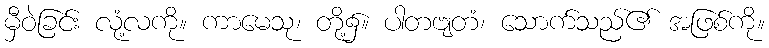
မှီဝဲခြင်း လုံ့လကို။ ကာမေသု၊ တို့၌။ ပါတဗျတံ၊ သောက်သည်၏ အဖြစ်ကို။